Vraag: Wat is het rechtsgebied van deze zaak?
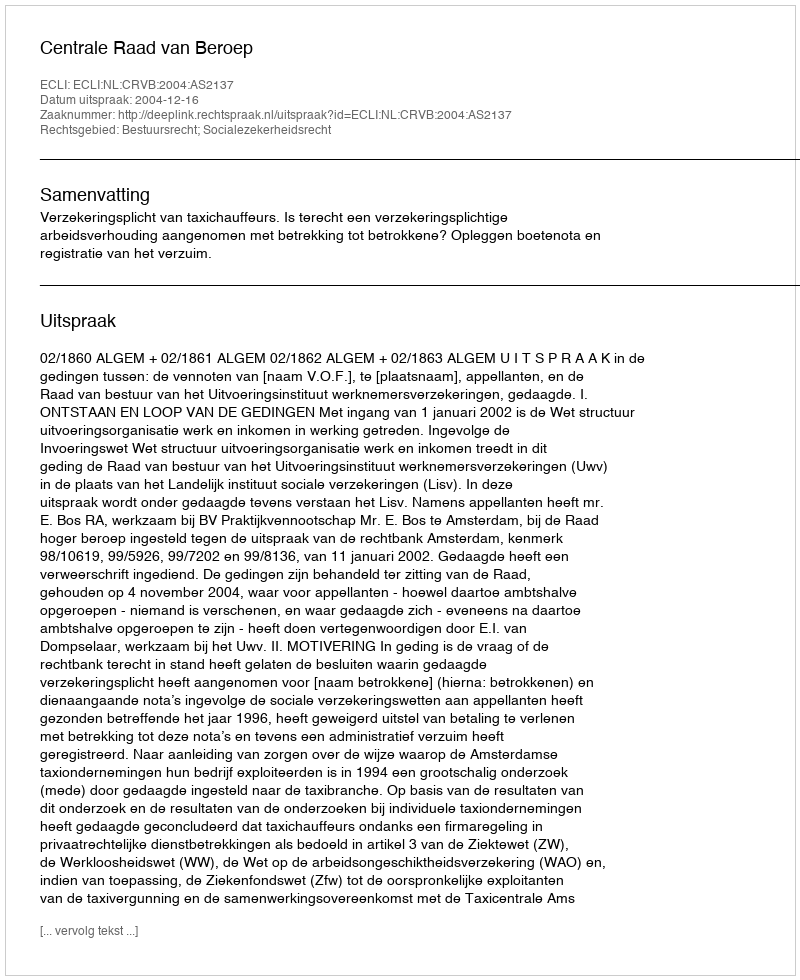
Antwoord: Bestuursrecht; Socialezekerheidsrecht